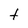
Character: t